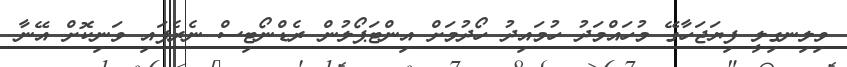
ވިލިނގިލީ ފިޔަޖަހާގޭ މުހައްމަދު ހުމައިދު ހޯދުމަށް އިންޓަޕޯލުން ރެޑްނޯޓިސް ނެރެފައި ވަނިކޮށް އޭނާ